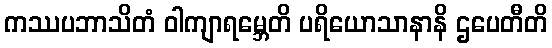
ကဿပဘာသိတံ ဝါကျာရမ္ဘေတိ ပရိယောသာနာနိ ဌပေတီတိ